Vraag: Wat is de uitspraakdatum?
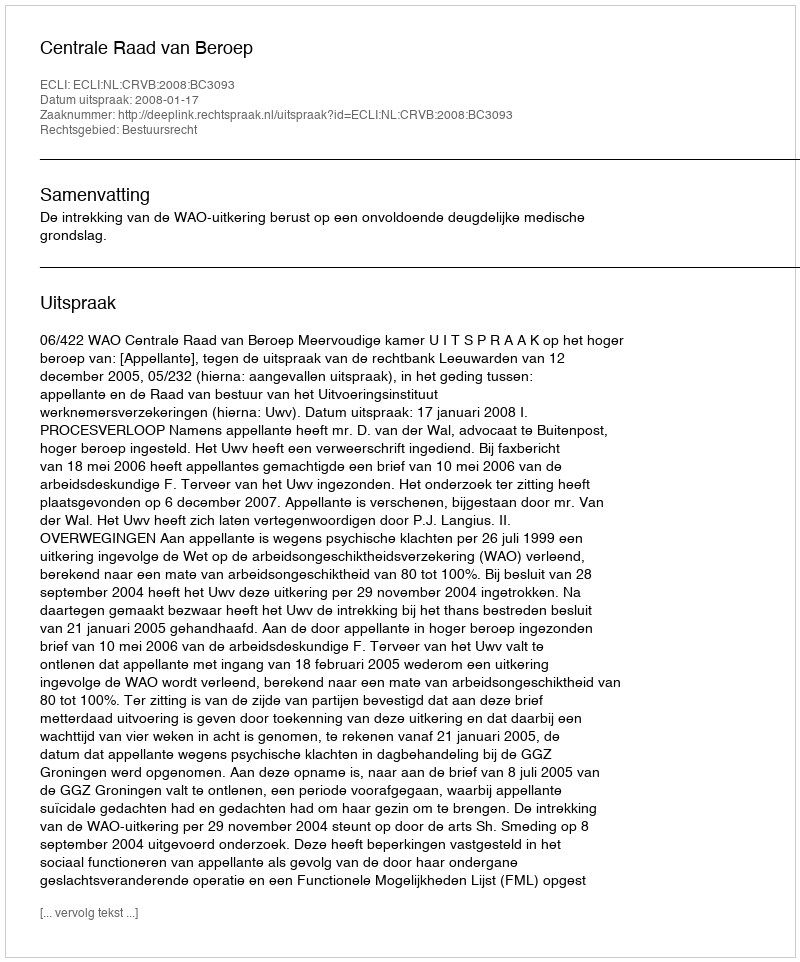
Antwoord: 2008-01-17